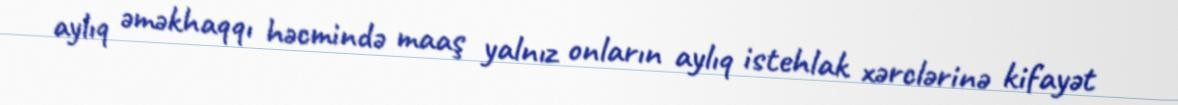
aylıq əməkhaqqı həcmində maaş yalnız onların aylıq istehlak xərclərinə kifayət